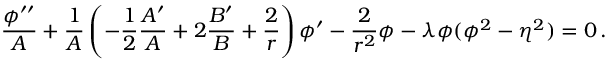
{ \frac { \phi ^ { \prime \prime } } { A } } + { \frac { 1 } { A } } \left( - { \frac { 1 } { 2 } } { \frac { A ^ { \prime } } { A } } + 2 { \frac { B ^ { \prime } } { B } } + { \frac { 2 } { r } } \right) \phi ^ { \prime } - { \frac { 2 } { r ^ { 2 } } } \phi - \lambda \phi ( \phi ^ { 2 } - \eta ^ { 2 } ) = 0 \, .